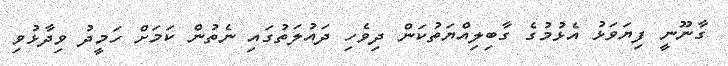
ގާނޫނީ ފިޔަވަޅު އެޅުމުގެ ގާބިލިއްޔަތުކަން ދިވެހި ދައުލަތުގައި ނެތުން ކަމަށް ހަމީދު ވިދާޅުވި